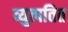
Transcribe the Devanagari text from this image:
व्युत्पतित